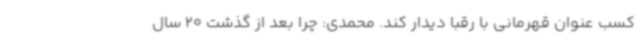
کسب عنوان قهرمانی با رقبا دیدار کند. محمدی: چرا بعد از گذشت 20 سال